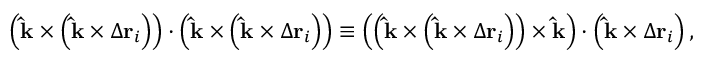
\left( \mathbf { \hat { k } } \times \left( \mathbf { \hat { k } } \times \Delta \mathbf { r } _ { i } \right) \right) \cdot \left( \mathbf { \hat { k } } \times \left( \mathbf { \hat { k } } \times \Delta \mathbf { r } _ { i } \right) \right) \equiv \left( \left( \mathbf { \hat { k } } \times \left( \mathbf { \hat { k } } \times \Delta \mathbf { r } _ { i } \right) \right) \times \mathbf { \hat { k } } \right) \cdot \left( \mathbf { \hat { k } } \times \Delta \mathbf { r } _ { i } \right) ,